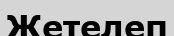
Жетелеп